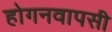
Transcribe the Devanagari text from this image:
होगनवापसी